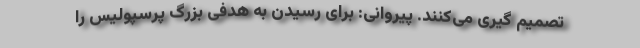
تصمیم گیری می‌کنند. پیروانی: برای رسیدن به هدفی بزرگ پرسپولیس را